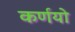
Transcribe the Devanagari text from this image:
कर्णयो